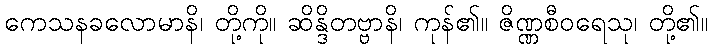
ကေသနခလောမာနိ၊ တို့ကို။ ဆိန္ဒိတဗ္ဗာနိ၊ ကုန်၏။ ဇိဏ္ဏစီဝရေသု၊ တို့၏။